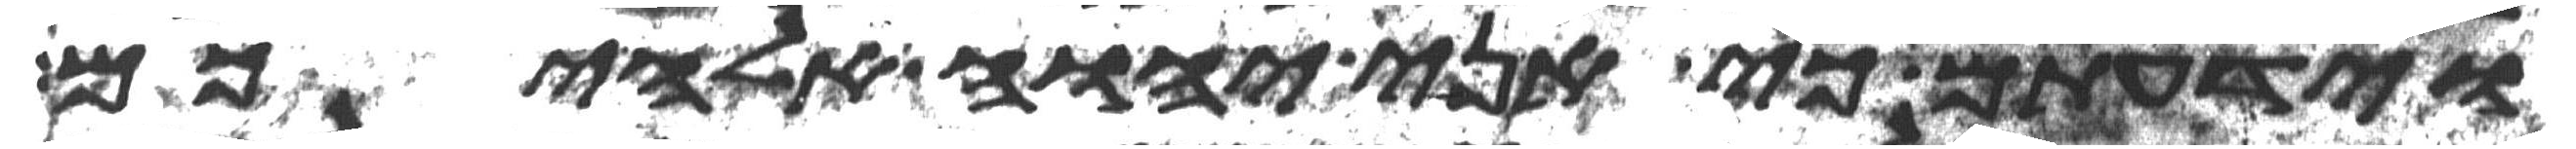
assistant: וידעתם כי אני יהוה אלהיכם